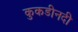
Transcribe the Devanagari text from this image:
कुकडीनदी